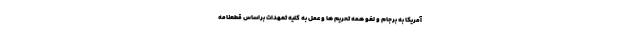
آمریکا به برجام و لغو همه تحریم ها و عمل به کلیه تعهدات براساس قطعنامه